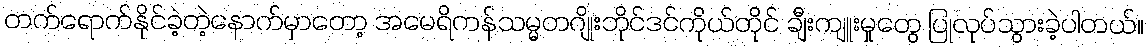
တက်ရောက်နိုင်ခဲ့တဲ့နောက်မှာတော့ အမေရိကန်သမ္မတဂျိုးဘိုင်ဒင်ကိုယ်တိုင် ချီးကျူးမှုတွေ ပြုလုပ်သွားခဲ့ပါတယ်။